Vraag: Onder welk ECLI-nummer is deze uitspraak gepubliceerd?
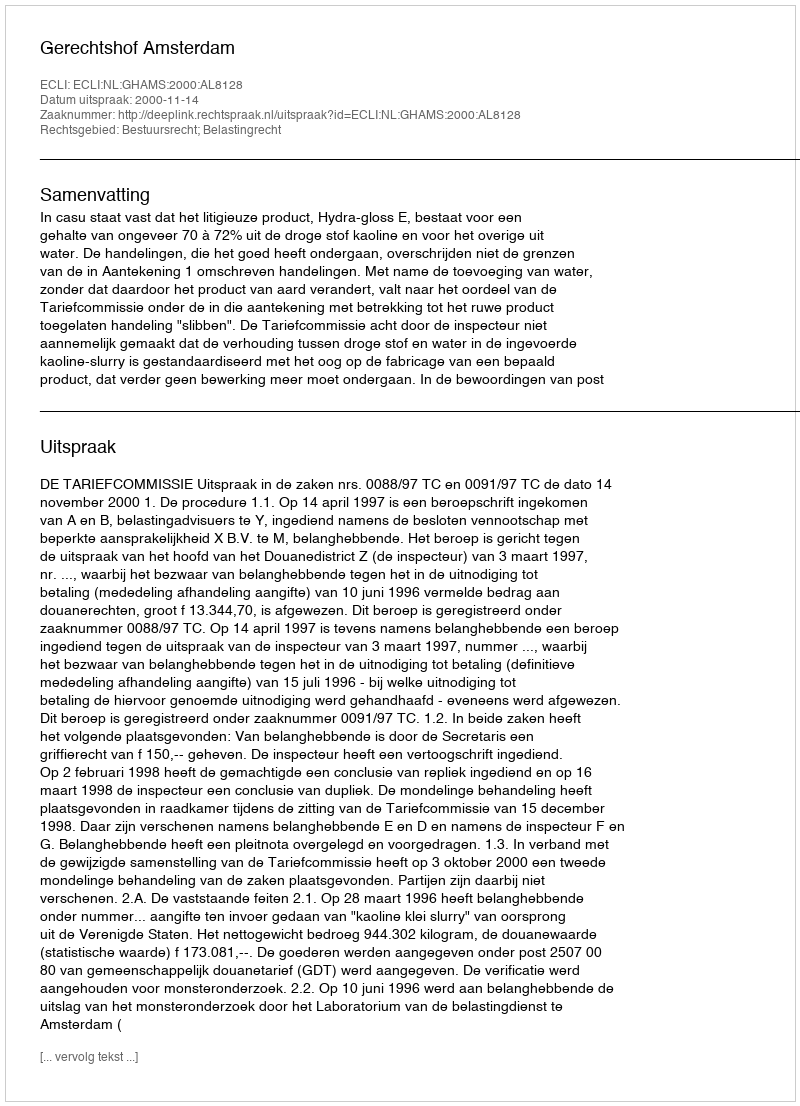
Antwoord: ECLI:NL:GHAMS:2000:AL8128